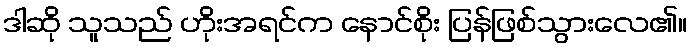
ဒါဆို သူသည် ဟိုးအရင်က နောင်စိုး ပြန်ဖြစ်သွားလေ၏။